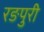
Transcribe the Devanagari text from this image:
रङपुरी